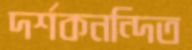
দর্শকনন্দিত